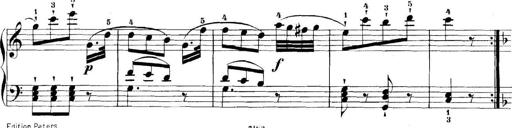
Title: 11 Sonatinas
Composer: Anton Diabelli